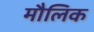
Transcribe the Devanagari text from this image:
माैलिक